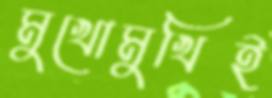
মুখোমুখিই